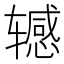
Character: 𫐘